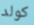
كولد